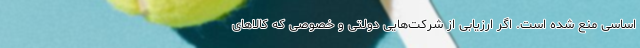
اساسی منع شده است. اگر ارزیابی از شرکت‌هایی دولتی و خصوصی که کالاهای